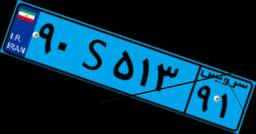
۹۰S۵۱۳۹۱